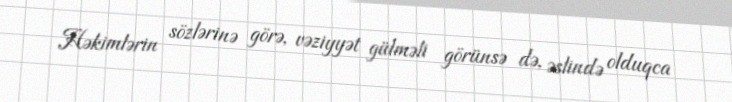
Həkimlərin sözlərinə görə, vəziyyət gülməli görünsə də, əslində olduqca